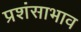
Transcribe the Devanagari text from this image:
प्रशंसाभाव